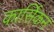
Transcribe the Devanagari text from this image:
कार्सिकन